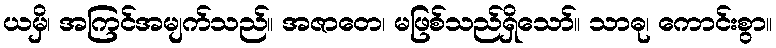
ယမှိ၊ အကြင်အမျက်သည်။ အဇာတေ၊ မဖြစ်သည်ရှိသော်။ သာဓု၊ ကောင်းစွာ။